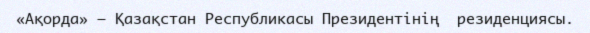
«Ақорда» — Қазақстан Республикасы Президентінің  резиденциясы.